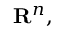
\mathbf { R } ^ { n } ,